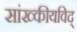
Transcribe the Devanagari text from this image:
सांख्कीयविद्